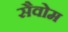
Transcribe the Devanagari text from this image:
सैवोम